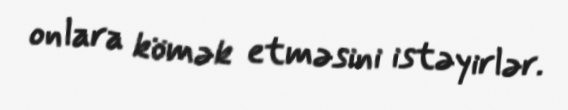
onlara kömək etməsini istəyirlər.